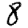
Digit: 8